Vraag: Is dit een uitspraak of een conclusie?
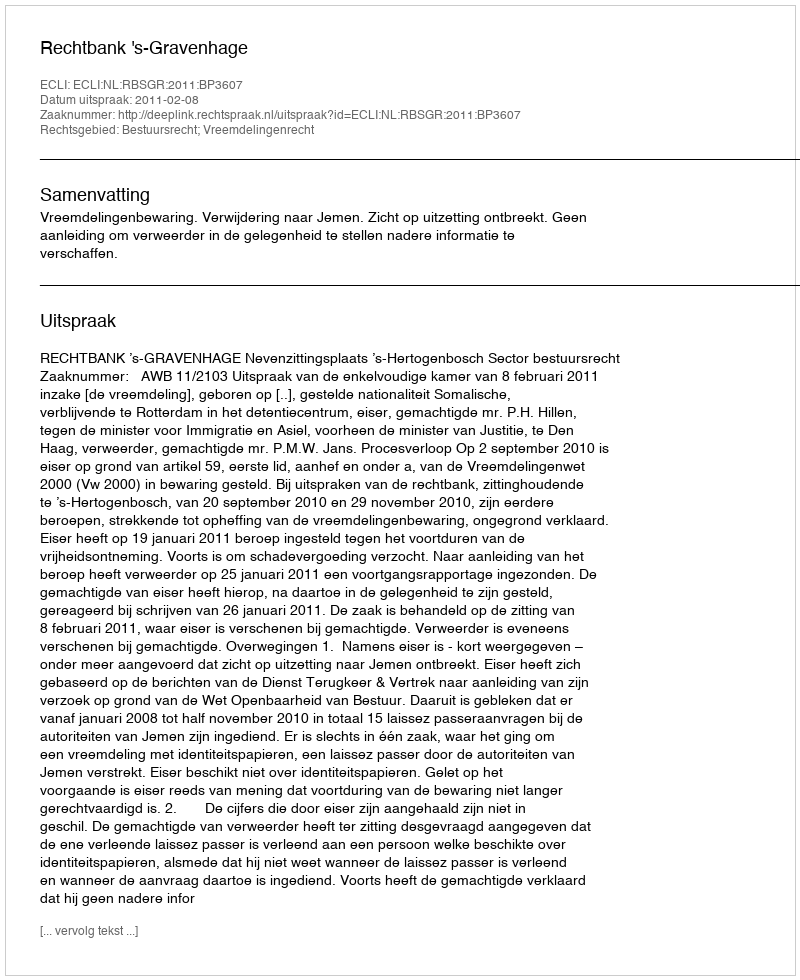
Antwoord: Uitspraak